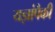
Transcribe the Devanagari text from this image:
यज्ञांपैकी